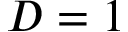
D = 1